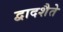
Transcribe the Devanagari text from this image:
द्वादशैते